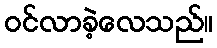
ဝင်လာခဲ့လေသည်။